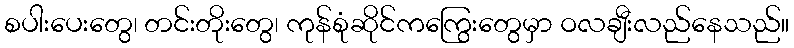
စပါးပေးတွေ၊ တင်းတိုးတွေ၊ ကုန်စုံဆိုင်ကကြွေးတွေမှာ ဝလချီးလည်နေသည်။